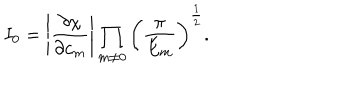
I _ { 0 } = \left| \frac { \partial \chi } { \partial c _ { m } } \right| \prod _ { m \neq 0 } \left( \frac { \pi } { E _ { m } } \right) ^ { \frac 1 2 } .